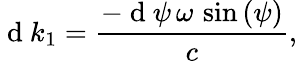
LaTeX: {\mathrm{~d~}}k_{1}=\frac{-{\mathrm{~d~}}\psi\, \omega\, \sin\left(\psi\right)}{c},